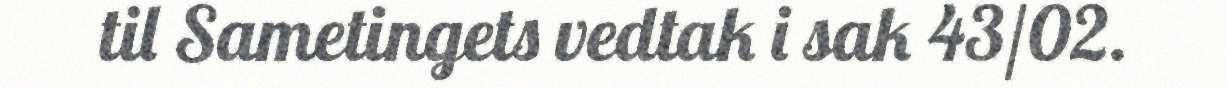
til Sametingets vedtak i sak 43/02.